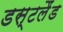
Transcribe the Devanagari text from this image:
डस्टलैंड